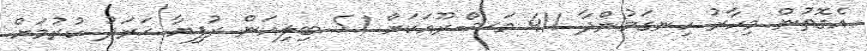
އެގޮތުން މިހާރު ހިނގަމުންދާ 411 މަޝްރޫއަކަށް 5.1 ބިލިއަން ރުފިޔާ ޚަރަދު ކުރުމަށް